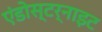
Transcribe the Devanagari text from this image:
एंडोस्टर्नाइट